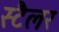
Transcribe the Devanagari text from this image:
स्टैलर